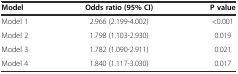
<table><thead><tr><td><b>Model</b></td><td><b>Odds ratio (95% CI)</b></td><td><b>P value</b></td></tr></thead><tbody><tr><td>Model 1</td><td>2.966 (2.199-4.002)</td><td>&lt;0.001</td></tr><tr><td>Model 2</td><td>1.798 (1.103-2.930)</td><td>0.019</td></tr><tr><td>Model 3</td><td>1.782 (1.090-2.911)</td><td>0.021</td></tr><tr><td>Model 4</td><td>1.840 (1.117-3.030)</td><td>0.017</td></tr></tbody></table>